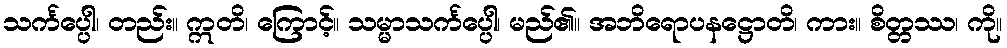
သင်္ကပ္ပေါ၊ တည်း။ ဣတိ၊ ကြောင့်။ သမ္မာသင်္ကပ္ပေါ၊ မည်၏။ အဘိရောပနဋ္ဌောတိ၊ ကား။ စိတ္တဿ၊ ကို။